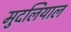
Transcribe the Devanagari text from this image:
मुदलियाल